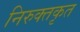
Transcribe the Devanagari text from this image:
निरुक्तकृत